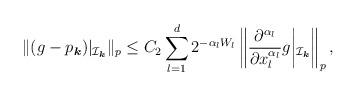
LaTeX: \begin{align*}\|(g-p_{\boldsymbol{k}})|_{\mathcal{I}_{\boldsymbol{k}}}\|_p\leq C_2\sum_{l=1}^d2^{-\alpha_lW_l}\left\|\frac{\partial^{\alpha_l}}{\partial x_l^{\alpha_l}}g\middle|_{\mathcal{I}_{\boldsymbol{k}}}\right\|_p,\end{align*}